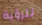
للرؤية